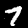
Label: 7